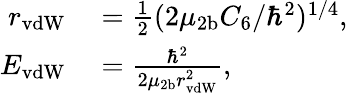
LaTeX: \begin{array}{rl}{r_{\mathrm{vdW}}}&{{}=\frac{1}{2}(2\mu_{2\mathrm{b}}C_{6}/\hbar^{2})^{1/4},}\\ {E_{\mathrm{vdW}}}&{{}=\frac{\hbar^{2}}{2\mu_{2\mathrm{b}}r_{\mathrm{vdW}}^{2}},}\end{array}